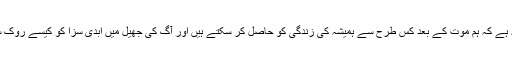
اب سوال یہ ہے کہ ہم موت کے بعد کس طرح سے ہمیشہ کی زندگی کو حاصل کر سکتے ہیں اور آگ کی جھیل میں ابدی سزا کو کیسے روک سکتے ہیں؟